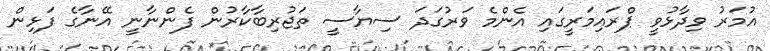
އުމަރު ވިދާޅުވީ ޕްރައިމަރީގައި އެންމެ ވަރުގަދަ ސިޔާސީ ތަޖުރިބާކާރުން ފެންނާނީ އޭނާގެ ފަޅިން